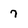
Character: 7